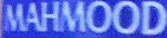
MAHMOOD